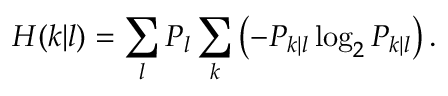
H ( k | l ) = \sum _ { l } P _ { l } \sum _ { k } \left( - P _ { k | l } \log _ { 2 } P _ { k | l } \right) .